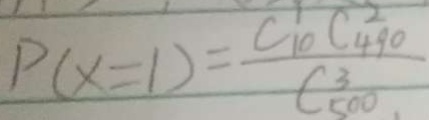
P ( x = 1 ) = \frac { C _ { 1 0 } ^ { 1 } C _ { 4 9 0 } ^ { 2 } } { C ^ { 3 } _ { 5 0 0 } }